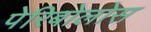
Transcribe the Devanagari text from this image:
पेरिबोलोस